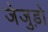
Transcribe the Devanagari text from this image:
जेजुड़ो